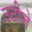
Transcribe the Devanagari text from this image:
उठीजे